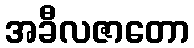
အခီလဇာတော